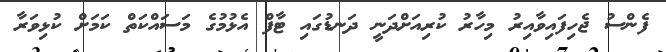
ފެންސު ޖެހިފައިވާއިރު މިހާރު ކުރިއަށްދަނީ ދަނޑުގައި ޓާފް އެޅުމުގެ މަސައްކަތް ކަމަށް ކުޅިވަރާ